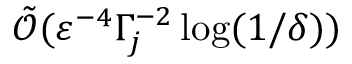
\tilde { \mathcal { O } } ( \varepsilon ^ { - 4 } \Gamma _ { j } ^ { - 2 } \log ( 1 / \delta ) )